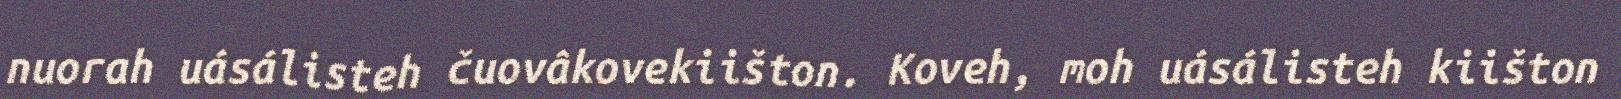
nuorah uásálisteh čuovâkovekiišton. Koveh, moh uásálisteh kiišton